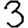
Digit: 3